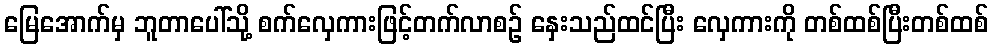
မြေအောက်မှ ဘူတာပေါ်သို့ စက်လှေကားဖြင့်တက်လာစဉ် နှေးသည်ထင်ပြီး လှေကားကို တစ်ထစ်ပြီးတစ်ထစ်